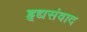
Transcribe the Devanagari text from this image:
हृद्यसंवाद